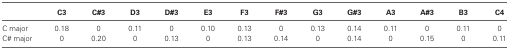
<table><thead><tr><td></td><td><b>C3</b></td><td><b>C#3</b></td><td><b>D3</b></td><td><b>D#3</b></td><td><b>E3</b></td><td><b>F3</b></td><td><b>F#3</b></td><td><b>G3</b></td><td><b>G#3</b></td><td><b>A3</b></td><td><b>A#3</b></td><td><b>B3</b></td><td><b>C4</b></td></tr></thead><tbody><tr><td>C major</td><td>0.18</td><td>0</td><td>0.11</td><td>0</td><td>0.10</td><td>0.13</td><td>0</td><td>0.13</td><td>0.14</td><td>0.11</td><td>0</td><td>0.11</td><td>0</td></tr><tr><td>C# major</td><td>0</td><td>0.20</td><td>0</td><td>0.13</td><td>0</td><td>0.13</td><td>0.14</td><td>0</td><td>0.14</td><td>0</td><td>0.15</td><td>0</td><td>0.11</td></tr></tbody></table>